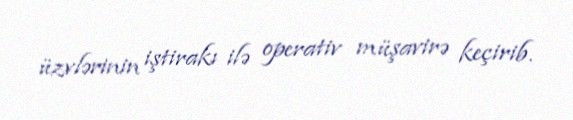
üzvlərinin iştirakı ilə operativ müşavirə keçirib.